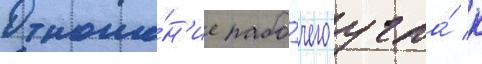
Отноше́н'ие рабо́чего угла́ к